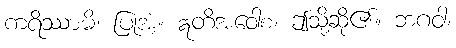
ကရိဿာမိ၊ ပြုအံ့။ ဣတိအဝေါစ၊ ဤသို့ဆို၏။ ဘဂဝါ၊